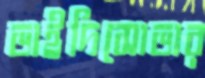
ভাইদিসোভার